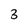
Character: 3